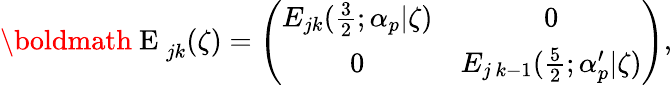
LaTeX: {\mathrm{\boldmath~E~}}_{jk}(\zeta)=\left(\begin{array}{cc}{{E_{jk}(\frac{3}{2};\alpha_{p}|\zeta)}}&{{0}}\\ {{0}}&{{E_{j\, k-1}(\frac{5}{2};\alpha_{p}^{\prime}|\zeta)}}\end{array}\right),